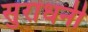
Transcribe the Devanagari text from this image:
सुराधनी